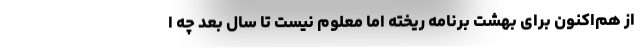
از هم‌اکنون برای بهشت برنامه ریخته اما معلوم نیست تا سال بعد چه ا